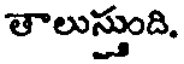
తాలుస్తుంది.